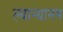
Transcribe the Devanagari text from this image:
ल्यान्थानम